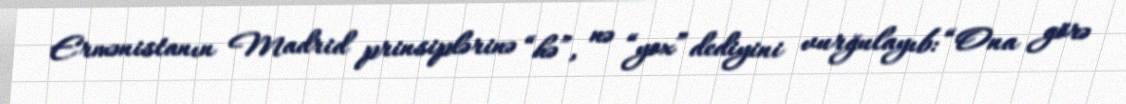
Ermənistanın Madrid prinsiplərinə “hə”, nə “yox” dediyini vurğulayıb: “Ona görə